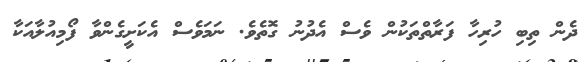
ދެން ތިބި ހުރިހާ ފަރާތްތަކުން ވެސް އެދުނު ގޮތެވެ. ނަމަވެސް އެކަށީގެންވާ ފޯމިއުލާއަކާ